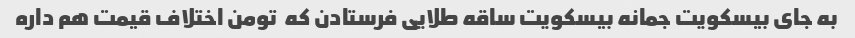
به جای بیسکویت جمانه بیسکویت ساقه طلایی فرستادن که  تومن اختلاف قیمت هم داره